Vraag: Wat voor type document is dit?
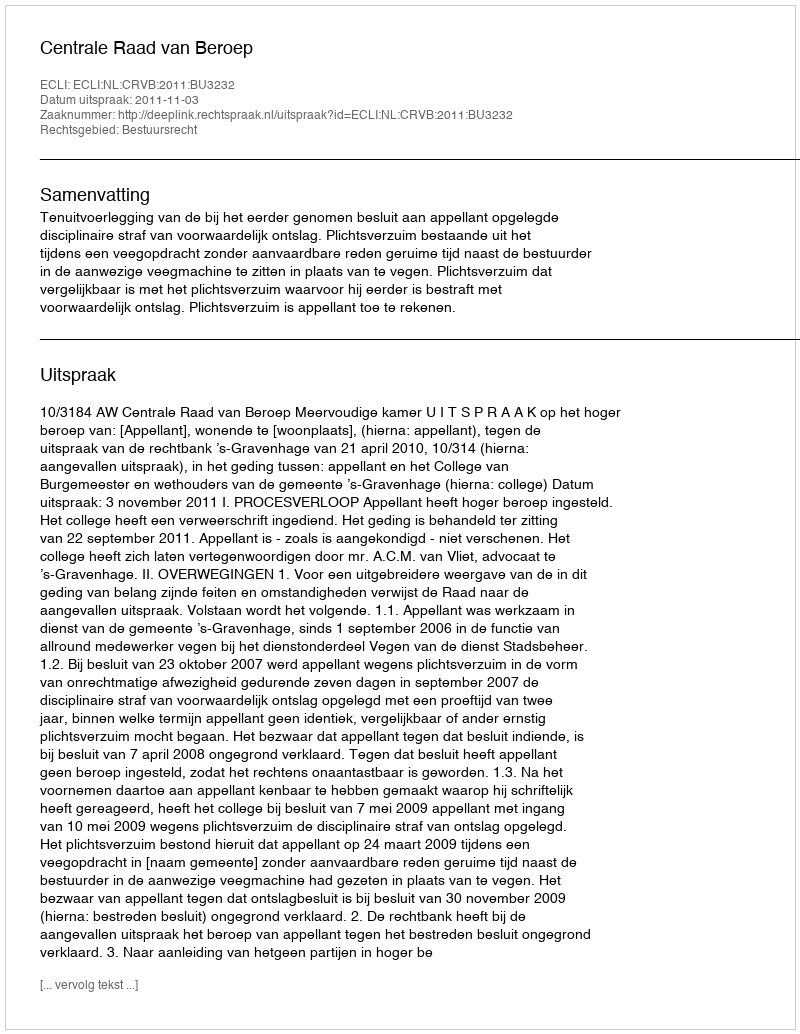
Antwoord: Uitspraak